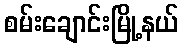
စမ်းချောင်းမြို့နယ်